Annual report on the Civil Veterinary Department, Burma (including the Insein Veterinary School) - 1910-1922
Year: 1910
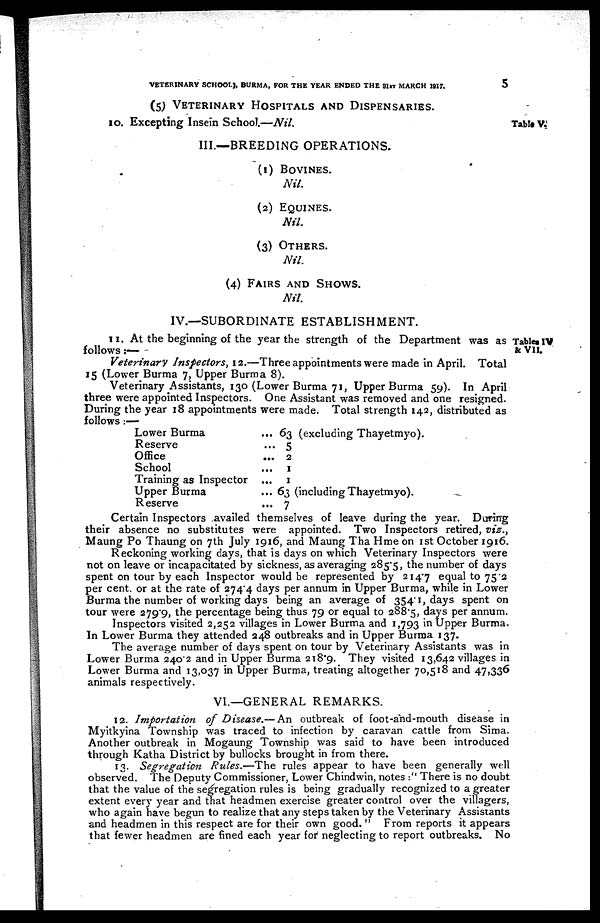
VETERINARY SCHOOL), BURMA, FOR THE YEAR ENDED THE 31STMARCH 1917.
5
(5) VETERINARY HOSPITALS AND DISPENSARIES.
10. Excepting Insein School.—Nil.
Table V.
III.—BREEDING OPERATIONS.
(1) BOVINES.
Nil.
(2) EQUINES.
Nil.
(3) OTHERS
Nil.
(4) FAIRS AND SHOWS.
Nil.
IV.—SUBORDINATE ESTABLISHMENT.
Tables IV
& VII.
11. At the beginning of the year the strength of the Department was as
follows :—
Veterinary Inspectors, 12.—Three appointments were made in April. Total
15 (Lower Burma 7, Upper Burma 8).
Veterinary Assistants, 130 (Lower Burma 71, Upper Burma 59). In April
three were appointed Inspectors. One Assistant was removed and one resigned.
During the year 18 appointments were made. Total strength 142, distributed as
follows:—
Lower Burma
Reserve
Office
School
Training as Inspector
Upper Burma
Reserve
...
...
...
...
...
...
....
63 (excluding Thayetmyo).
5
2
1
1
63 (including Thayetmyo).
7
Certain Inspectors availed themselves of leave during the year. During
their absence no substitutes were appointed. Two Inspectors retired, viz.,
Maung Po Thaung on 7th July 1916, and Maung Tha Hme on 1st October 1916.
Reckoning working days, that is days on which Veterinary Inspectors were
not on leave or incapacitated by sickness, as averaging 285.5, the number of days
spent on tour by each Inspector would be represented by 214.7 equal to 75.2
per cent. or at the rate of 274.4 days per annum in Upper Burma, while in Lower
Burma the number of working days being an average of 354 1, days spent on
tour were 2799, the percentage being thus 79 or equal to 288.5, days per annum.
Inspectors visited 2,252 villages in Lower Burma and 1,793 in Upper Burma.
In Lower Burma they attended 248 outbreaks and in Upper Burma 137.
The average number of days spent on tour by Veterinary Assistants was in
Lower Burma 2402 and in Upper Burma 218.9. They visited 13,642 villages in
Lower Burma and 13,037 in Upper Burma, treating altogether 70,518 and 47,336
animals respectively.
VI.—GENERAL REMARKS.
12. Importation of Disease.— An outbreak of foot-and-mouth disease in
Myitkyina Township was traced to infection by caravan cattle from Sima.
Another outbreak in Mogaung Township was said to have been introduced
through Katha District by bullocks brought in from there.
13. Segregation Rules.—The rules appear to have been generally well
observed. The Deputy Commissioner, Lower Chindwin, notes :" There is no doubt
that the value of the segregation rules is being gradually recognized to a greater
extent every year and that headmen exercise greater control over the villagers,
who again have begun to realize that any steps taken by the Veterinary Assistants
and headmen in this respect are for their own good. " From reports it appears
that fewer headmen are fined each year for neglecting to report outbreaks. No